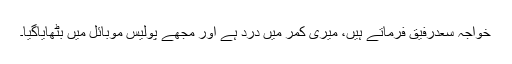
خواجہ سعدرفیق فرماتے ہیں، میری کمر میں درد ہے اور مجھے پولیس موبائل میں بٹھایاگیا۔